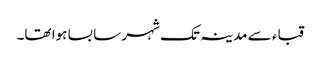
قباء سے مدینہ تک شہر سا بسا ہوا تھا۔